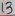
Text: 13